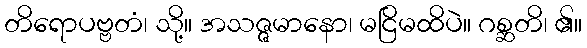
တိရောပဗ္ဗတံ၊ သို့။ အသဇ္ဇမာနော၊ မငြိမထိပဲ။ ဂစ္ဆတိ၊ ၏။